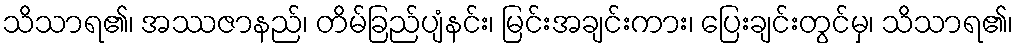
သိသာရ၏၊ အဿဇာနည်၊ တိမ်ခြည်ပျံနင်း၊ မြင်းအချင်းကား၊ ပြေးချင်းတွင်မှ၊ သိသာရ၏၊